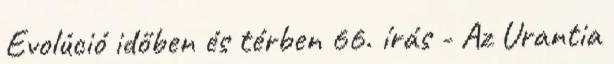
Evolúció időben és térben 66. írás - Az Urantia